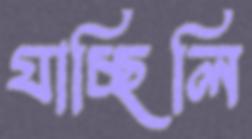
যাচ্ছিলি